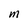
Character: M